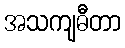
အသကျဓီတာ